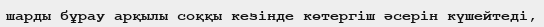
шарды бұрау арқылы соққы кезінде көтергіш әсерін күшейтеді,